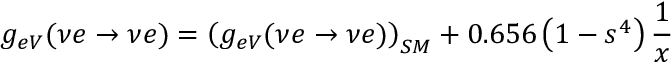
g _ { e V } ( \nu e \rightarrow \nu e ) = \left( g _ { e V } ( \nu e \rightarrow \nu e ) \right) _ { S M } + 0 . 6 5 6 \left( 1 - s ^ { 4 } \right) { \frac { 1 } { x } }